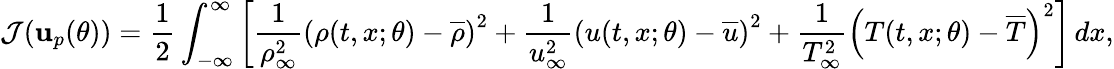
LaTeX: \mathcal{J}(\mathbf{{u}}_{p}(\theta))=\frac{{1}}{{2}}\int_{-\infty}^{\infty}\left[\frac{{1}}{{\rho_{\infty}^{2}}}\left(\rho(t,x;\theta)-\overline{{{\rho}}}\right)^{2}+\frac{{1}}{{u_{\infty}^{2}}}\left(u(t,x;\theta)-\overline{{{u}}}\right)^{2}+\frac{{1}}{{T_{\infty}^{2}}}\left(T(t,x;\theta)-\overline{{{T}}}\right)^{2}\right]\, dx,